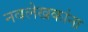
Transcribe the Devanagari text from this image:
नवलेखकांना